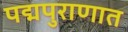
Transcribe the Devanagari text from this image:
पद्मपुराणात